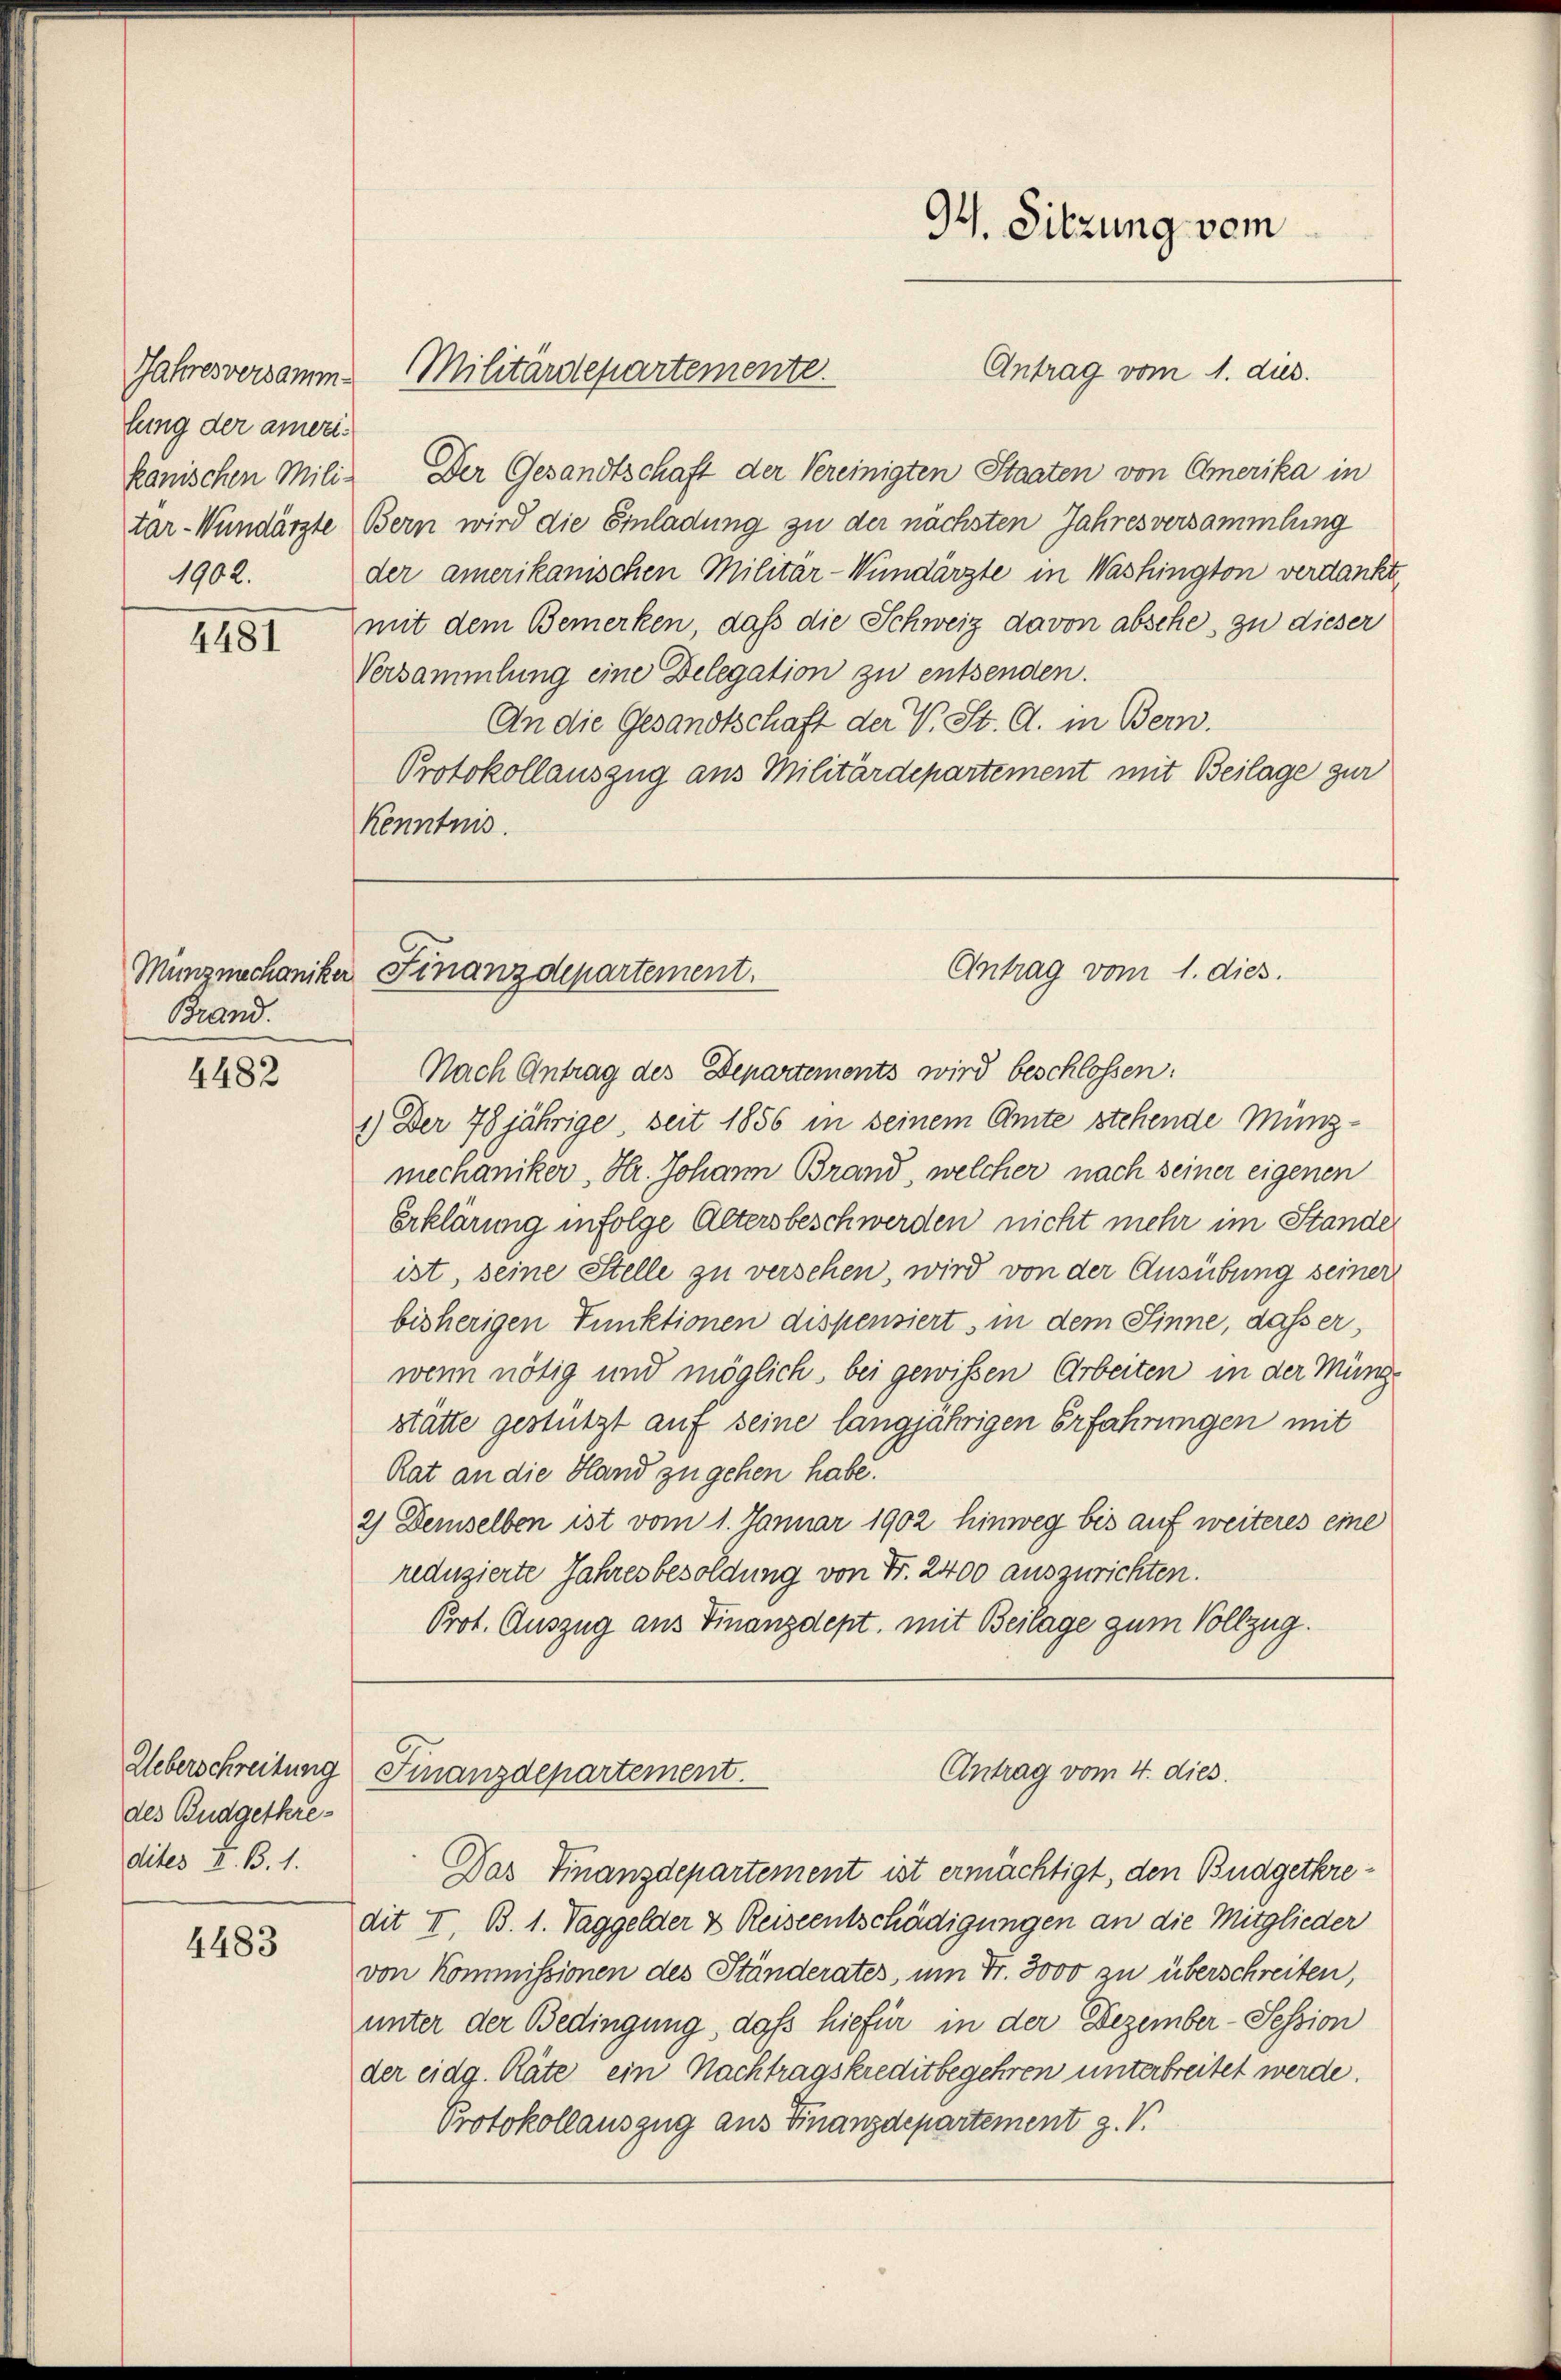
fung der ameri¬
1902.

4481

Münzmechaniker
Brand.

4482

Ueberschreitung
des Budgetkre
dites L. B. 1.

4483

kanischen Mili- Der Gesandtschaft der Vereinigten Staaten von Amerika in
tar-Wundärzte Bern wird die Einladung zu der nächsten Jahres versammlung
der amerikanischen Militär-Wundärzte in Washington verdankt,
mit dem Bemerken, daß die Schweiz davon absche, zu dieser
Versammlung eine Delegation zu entsenden.
An die Gesandtschaft der V. St. G. in Bern.
Protokollauszug aus Militärdepartement mit Beilage zur
Kenntnis.

9. Sitzung vom
Antrag vom 1. dies
Jahresversamm. Militärdepartemente.

Antrag vom 1. dies.
Finanzdepartement.
Nach Antrag des Departements wird beschlossen:

1.) Der 78jährige, seit 1856 in seinem Amte stehende Münzmechaniker, Hr. Johann Brand, welcher nach seiner eigenen
Erklärung infolge Altersbeschwerden nicht mehr im Stande
ist, seine Stelle zu versehen, wird von der Ausübung seiner
bisherigen Funktionen dispensiert, in dem Sinne, dass er,
wenn nötig und möglich, bei gewissen Arbeiten in der Müngstätte gestützt auf seine längjährigen Erfahrungen mit
Rat an die Hand zu gehen habe.
2) Demselben ist vom 1. Januar 1902 hinweg bis auf weiteres eine
reduzierte Jahresbesoldung von Fr. 2400 auszurichten.
Prot. Auszug aus Finanzdept, mit Beilage zum Vollzug.

Antrag vom 4. dies
Finanzdepartement.

Das Finanzdepartement ist ermächtigt, den Budgetkredit II. B. 1. Taggelder & Reiseentschädigungen an die Mitglieder
von Kommissionen des Ständerates, um Fr. 3000 zu überschreiten,
unter der Bedingung, dass hiefür in der Dezember-Session
der eidg. Räte ein Nachtragskreditbegehren unterbreitet werde.
Protokollauszug aus Finanzdepartement z. V